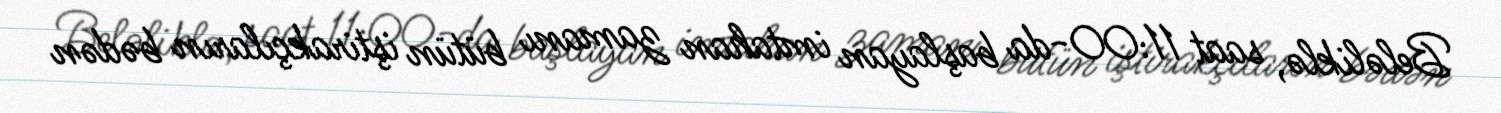
Beləliklə, saat 11:00-da başlayan imtahan zamanı bütün iştirakçıların bədən